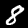
Label: 8